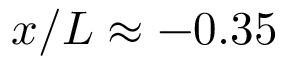
x / L \approx - 0 . 3 5